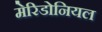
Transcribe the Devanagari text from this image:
मेरिडोनियल